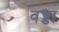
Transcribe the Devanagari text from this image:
वड्डा